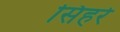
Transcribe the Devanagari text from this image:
सिहरे